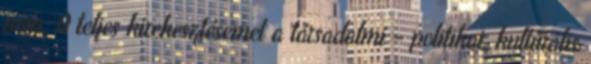
nem. A teljes kirekesztésemet a társadalmi – politikai, kultúrális